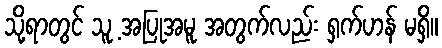
သို့ရာတွင် သူ့ အပြုအမူ အတွက်လည်း ရှက်ဟန် မရှိ။